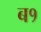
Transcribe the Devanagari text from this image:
ब१